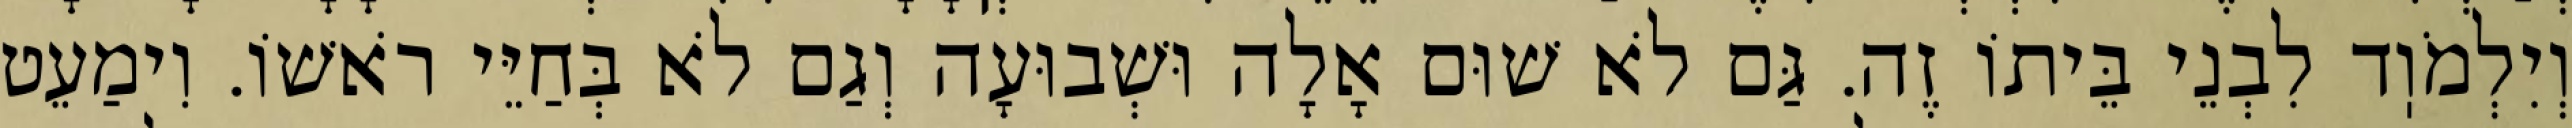
וְיִלְמֹוֽד לִבְנֵי בֵּיתוֹ זֶה. גַּם לֹא שׁוּם אָלָה וּשְׁבוּעָה וְגַם לֹא בְּחַיֵּי רֹאשׁוֹ. וִימַעֵט